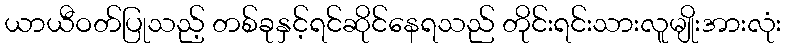
ယာယီဝတ်ပြုသည့် တစ်ခုနှင့်ရင်ဆိုင်နေရသည် တိုင်းရင်းသားလူမျိုးအားလုံး